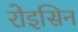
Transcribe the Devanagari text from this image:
रोइसिन